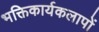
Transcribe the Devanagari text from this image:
भक्तिकार्यकलापों